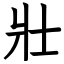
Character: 壯